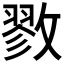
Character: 𪯖